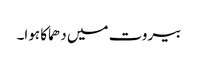
بیروت میں دھماکا ہوا۔